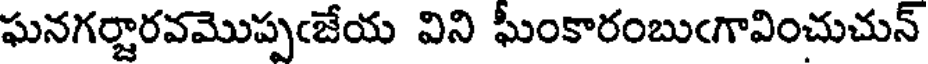
ఘనగర్జారవమొప్పఁజేయ విని ఘీంకారంబుఁగావించుచున్